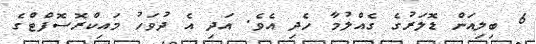
6 ބިލިއަން ޑޮލަރުގެ ގެއްލުމާ ހެދި އެވެ. އަދި އެ ދުވަހު މައިކްރޮސޮފްޓްގެ